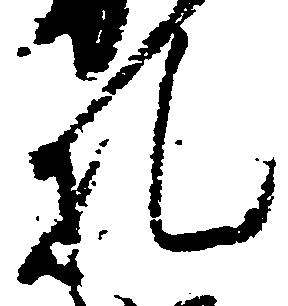
札